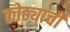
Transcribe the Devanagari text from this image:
कोठ्याची